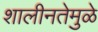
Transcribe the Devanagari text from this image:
शालीनतेमुळे